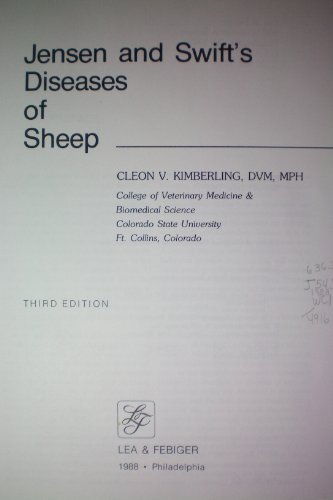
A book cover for Jensen and Swift's Diseases of Sheep; Cleon V. Kimberling; Medical Books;